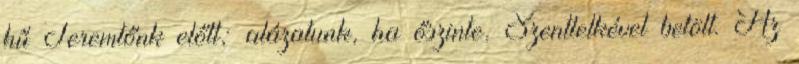
hű Teremtőnk előtt; alázatunk, ha őszinte, Szentlelkével betölt. Az